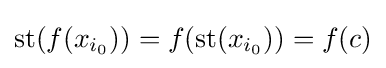
{\rm {st}}(f(x_{i_{0}}))=f({\rm {st}}(x_{i_{0}}))=f(c)